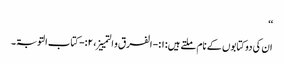
‘‘
ان کی دوکتابوں کے نام ملتے ہیں: ۱:- الفرق و التمییز، ۲:-کتاب التوبۃ ۔